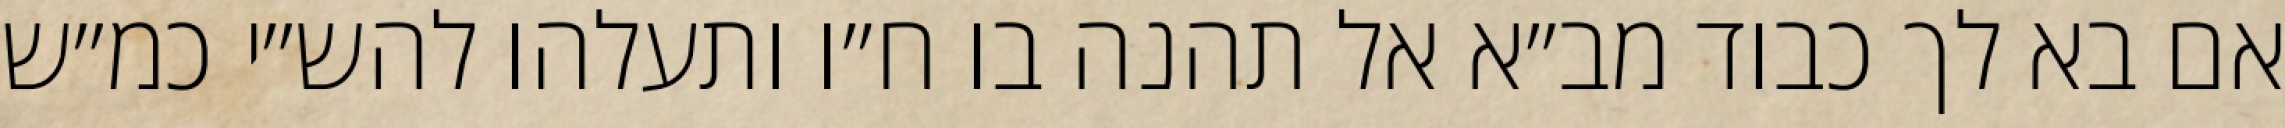
אם בא לך כבוד מב״א אל תהנה בו ח״ו ותעלהו להש״י כמ״ש